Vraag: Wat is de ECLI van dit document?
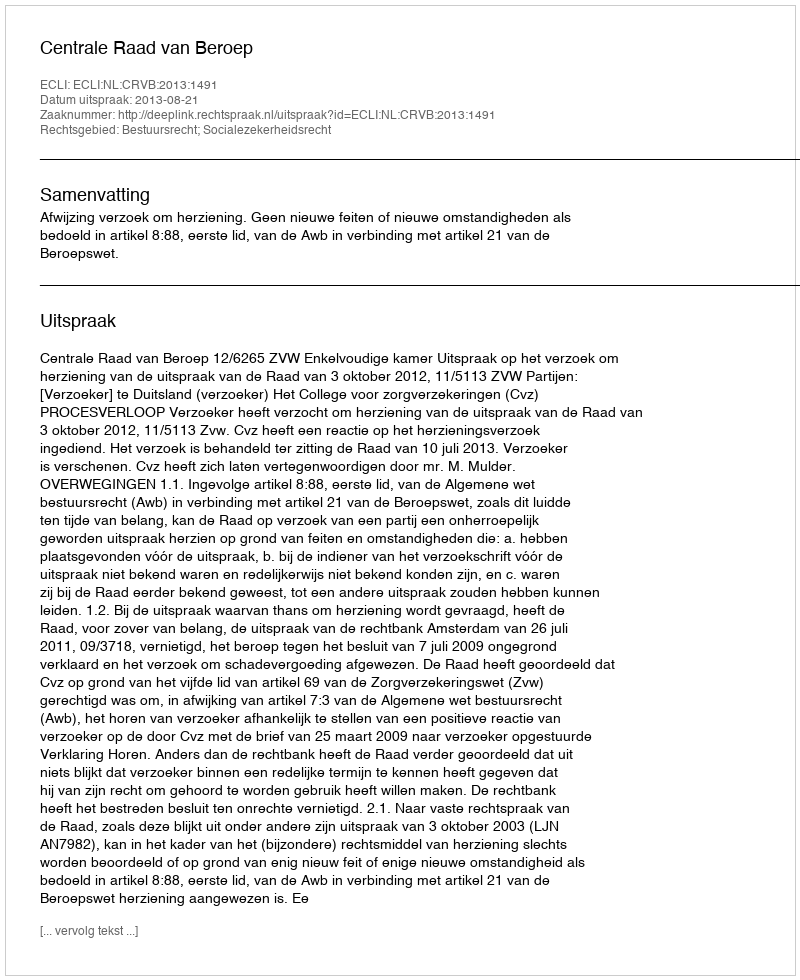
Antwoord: ECLI:NL:CRVB:2013:1491